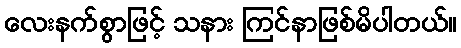
လေးနက်စွာဖြင့် သနား ကြင်နာဖြစ်မိပါတယ်။